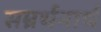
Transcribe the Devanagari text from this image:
सम्रर्थनार्थ